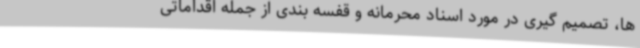
ها، تصمیم گیری در مورد اسناد محرمانه و قفسه بندی از جمله اقداماتی